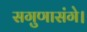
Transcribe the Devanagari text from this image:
सगुणासंगे।